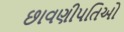
છાવણીપતિઓ